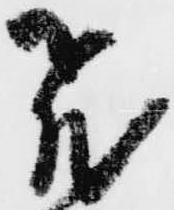
飛